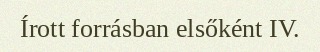
Írott forrásban elsőként IV.